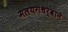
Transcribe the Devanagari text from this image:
मलयगंधर्वाने